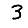
Digit: 3